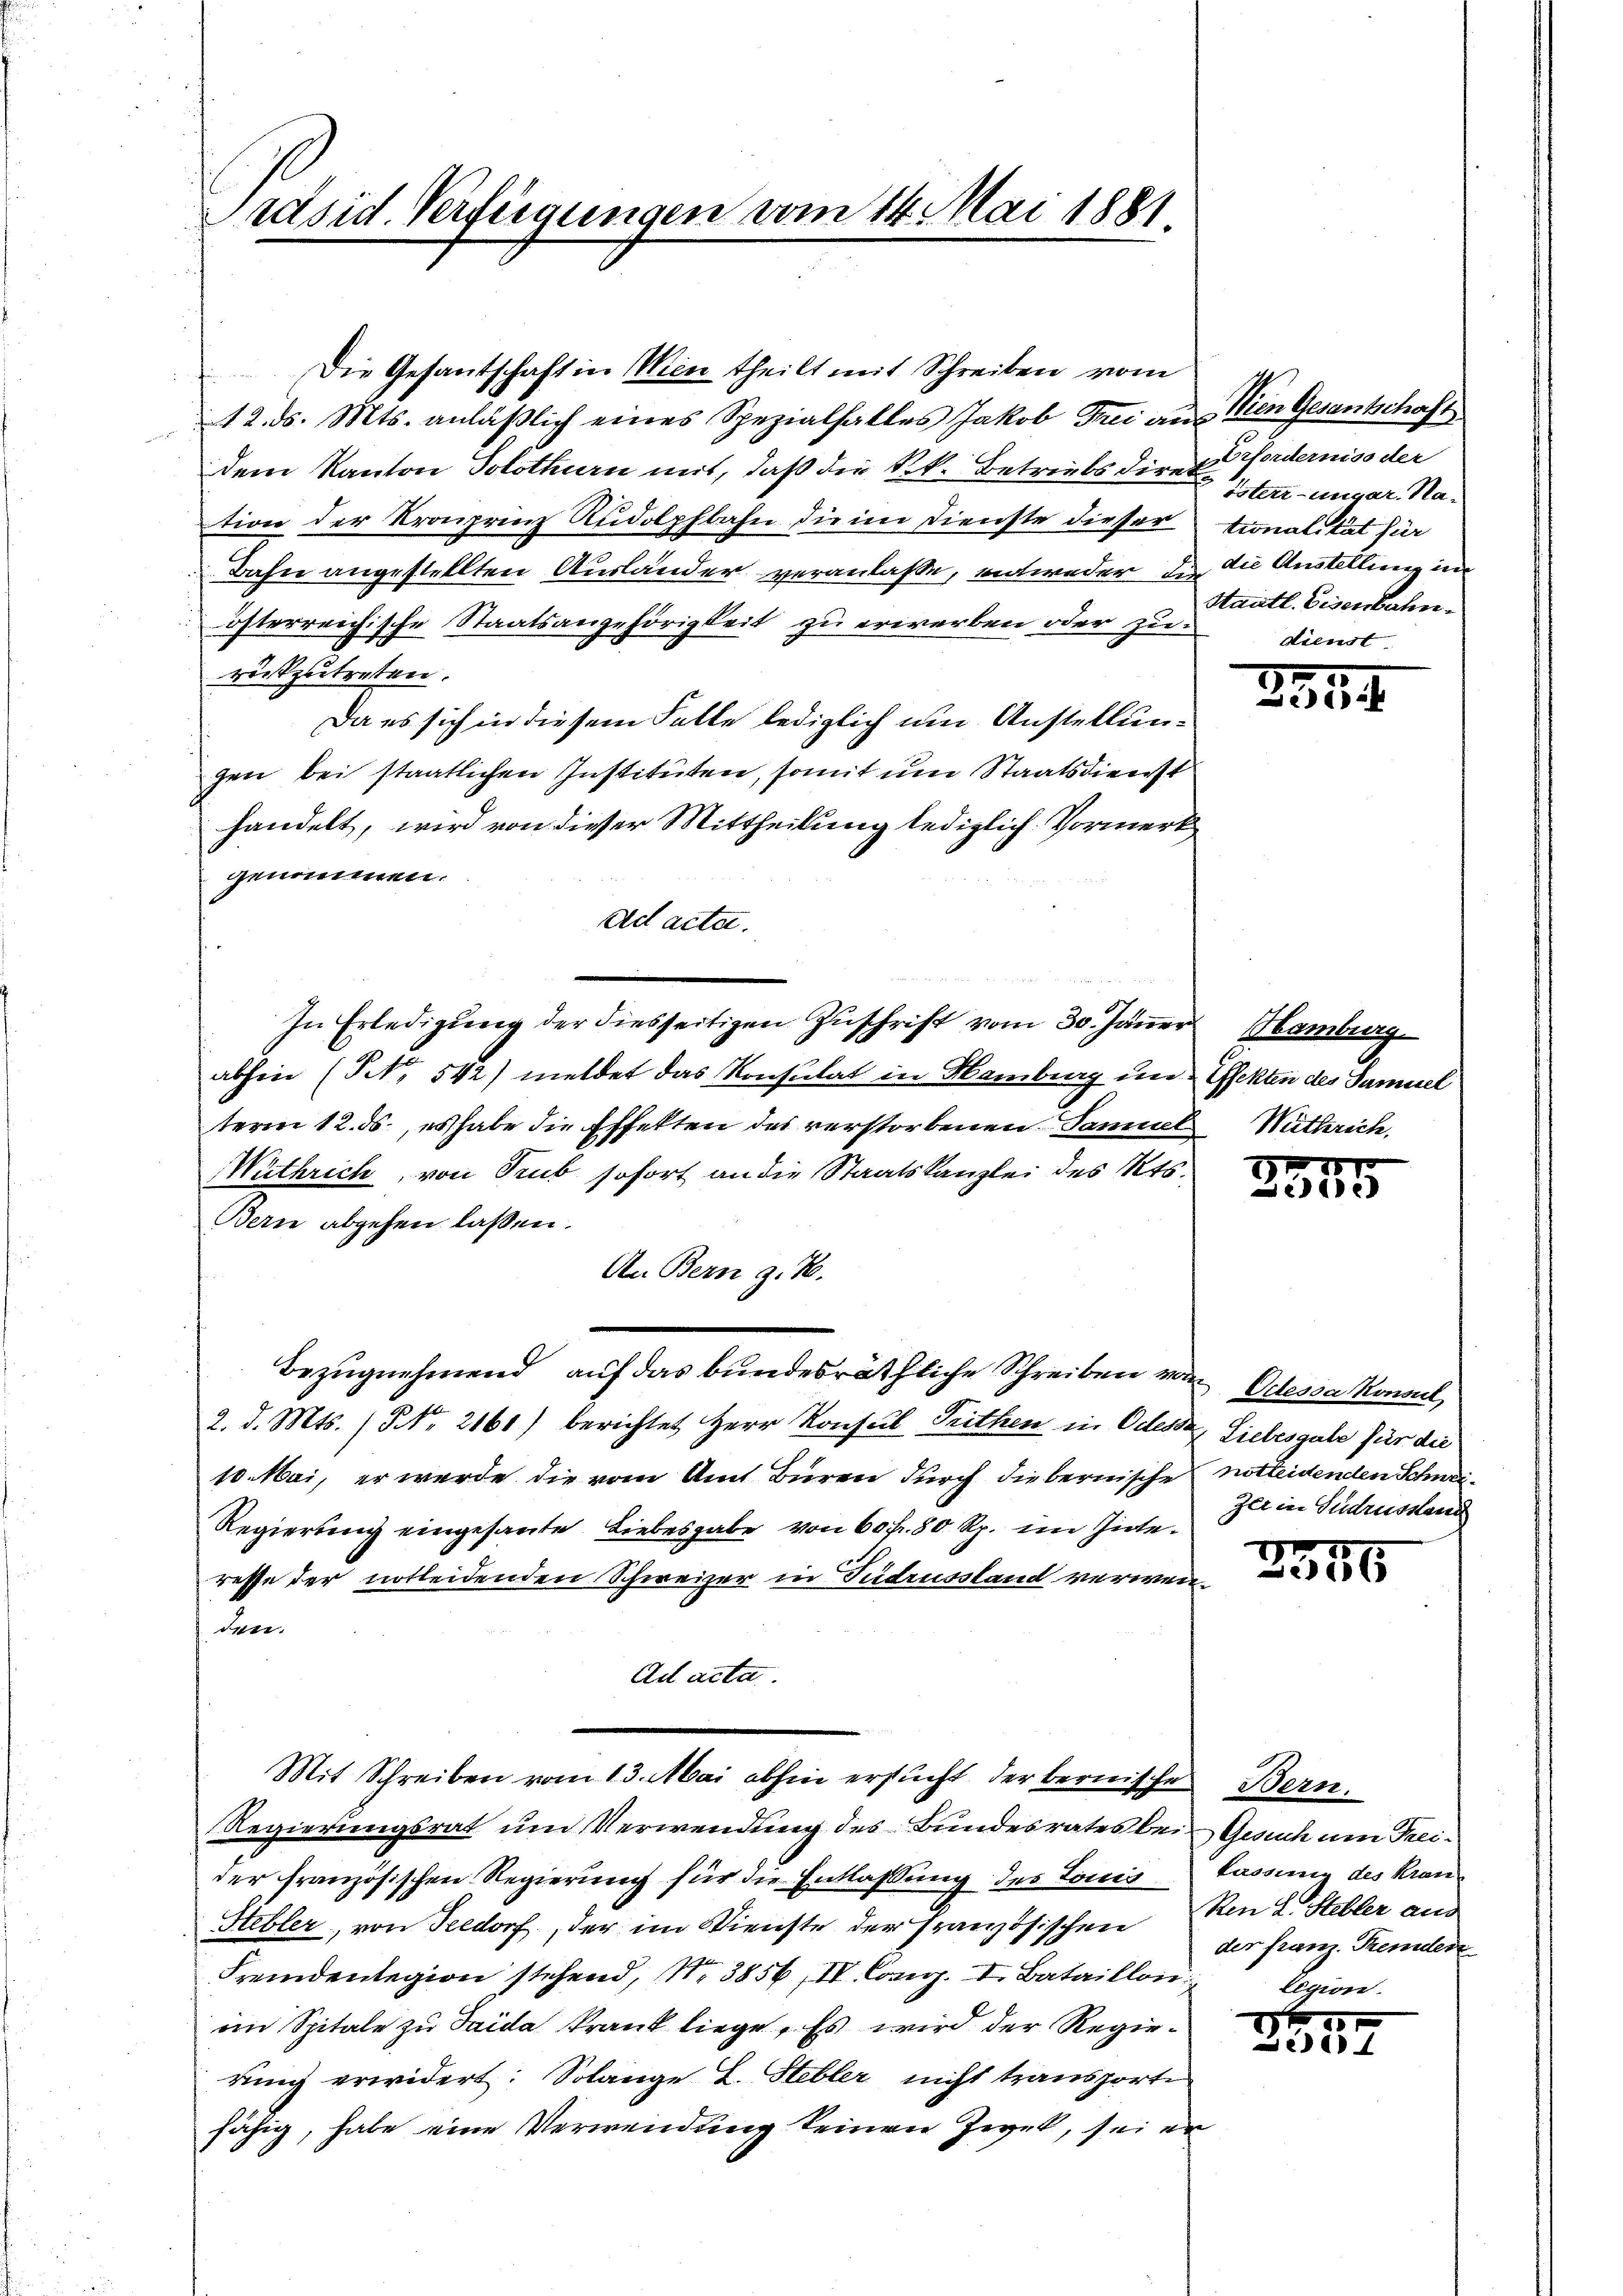
Präsid. Verfügungen vom 14. Mai 1881.

Die Gesantschaft in Wien theilt mit Schreiben vom
f
12. ds. Mts. anläβlich eines Spezialfalles Jakob Frei an Wien Gesantschaft
Dem Kanton Solothurn mit, daß die k.k. Betriebsdiret worderniso der
tion der Kronprinz Rudolphbahn die im Dienste dieser tionalität für
Bahn angestellten Ausländer veranlaße, entweder der die Anstellung un
österreichische Staatsangehörigkeit zu erwerben oder zu
rückzutreten.
Da es sich in diesem Falle lediglich um Anstellungen bei staatlichen Instituten, somit um Staatsdienst
handelt, wird von dieser Mittheilung lediglich. Vormerk
genommen.
ad acta.

In Erledigung der diesseitigen Zuschrift vom 30. Jänner
abhin (NNo. 542) meldet das Konsulat in Hamburg in Gfekten des Samuel
term 12. ds., es habe die Effekten des verstorbenen Samuel Mitterich,
Wuthrich, von Trub sofort an die Staatskanzlei des Kts.
Bern abgehen laßen.
An Bern z. B.
Bezugnehmend, auf das bundesräthliche Schreiben von
2. d. Mts. (NNNo. 2160) berichtet Herr Konseil Trithen in Odessa Liebesgabe für die
10. Mai, er werde die vom Amt Büren durch diebernische notleidenden Schnei¬
Regierung eingesante Liebesgabe von 60fr. 80 Rp. im Gute.
resse der notleidenden Schweizer in Gudrussland verwenden.
Ad acta.
Mit Schreiben vom 13. Mai abhin ersucht der bernische Bern.
Regierungsrat um Verwendung des Bundesrates bei Gesuch um Freider französischen Regierung für die Entlassung des Louis lassung des Kran¬
Stebler, von Seedorf, der im Dienste der französischen Ren 2 Hebler aus
Fremdenlegion stehend, N. 385. IV. Cong. I. Bataillon legion
im Spitale zu Taida krank liege. Es wird der Regierung erwidert: Solange L. Stebler nicht transporte
fähig, habe eine Verwendung keinen Zwet, sei er

östern-ungar. Na-
Staatl. Eisenbahn
dienst

15
333

Hamburg

e
Biede

Oclessa konsul,
zer in Gudrusstand

3356

der franz. Gemden

x
Di